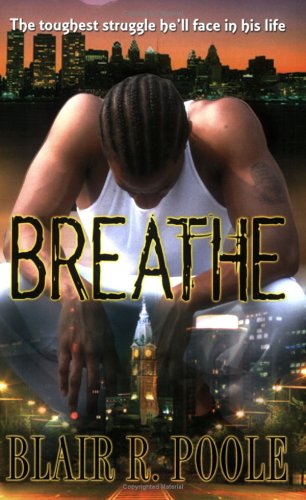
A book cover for Breathe; Blair R. Poole; Gay & Lesbian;